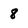
Character: 8